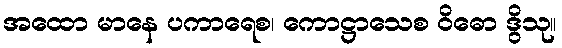
အထော မာနေ ပကာရေစ၊ ကောဋ္ဌာသေစ ဝိဓော ဒွိသု။